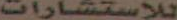
للإستشارات